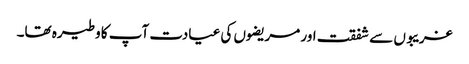
غریبوں سے شفقت اور مریضوں کی عیادت آپ کا وطیرہ تھا۔